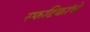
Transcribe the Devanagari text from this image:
स्फटिकांचे